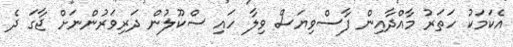
އެކަމަކު ހަތަރު މާއްދާއިން ފާސްވިޔަސް ވިލާ ހައި ސްކޫލުން ދަރިވަރުންނަށް ޖާގަ ދެ